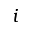
i